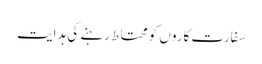
سفارت کاروں کو محتاط رہنے کی ہدایت